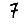
Digit: 7